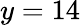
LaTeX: y=14